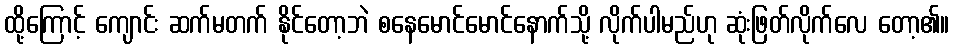
ထို့ကြောင့် ကျောင်း ဆက်မတက် နိုင်တော့ဘဲ စနေမောင်မောင်နောက်သို့ လိုက်ပါမည်ဟု ဆုံးဖြတ်လိုက်လေ တော့၏။